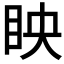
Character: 眏